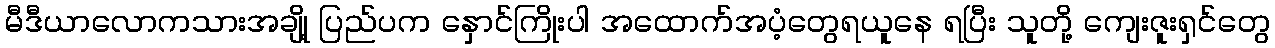
မီဒီယာလောကသားအချို့ ပြည်ပက နှောင်ကြိုးပါ အထောက်အပံ့တွေရယူနေ ရပြီး သူတို့ ကျေးဇူးရှင်တွေ